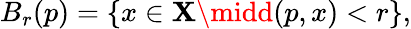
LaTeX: B_{r}(p)=\{ x\in\mathbf{X}\midd(p,x)<r\} ,